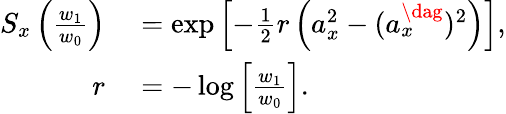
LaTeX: \begin{array}{rl}{S_{x}\left(\frac{w_{1}}{w_{0}}\right)}&{{}=\exp\left[-\frac{1}{2}r\left(a_{x}^{2}-(a_{x}^{\dag})^{2}\right)\right],}\\ {r}&{{}=-\log\left[\frac{w_{1}}{w_{0}}\right].}\end{array}